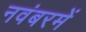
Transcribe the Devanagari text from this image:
नवंबरमें